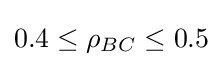
0.4\leq \rho _{BC}\leq 0.5